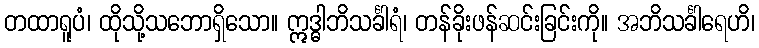
တထာရူပံ၊ ထိုသို့သဘောရှိသော။ ဣဒ္ဓါဘိသင်္ခါရံ၊ တန်ခိုးဖန်ဆင်းခြင်းကို။ အဘိသင်္ခါရေဟိ၊